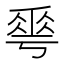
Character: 𠌶